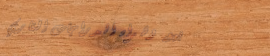
بيع وشراء الدراجات الناري